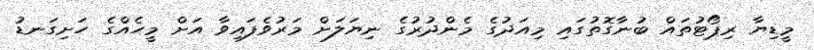
މީޑިޔާ ރިޕޯޓުތައް ބުނާގޮތުގައި މިއަދުގެ މެންދުރުގެ ނިޔަލަށް މަރުވެފައިވާ އަށް މީހެއްގެ ހަށިގަނޑު